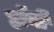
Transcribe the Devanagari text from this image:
हॉर्नी